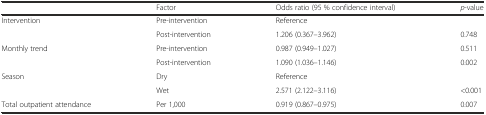
<table><thead><tr><td></td><td><b>Factor</b></td><td><b>Odds ratio (95 % confidence interval)</b></td><td><b><i>p</i>-value</b></td></tr></thead><tbody><tr><td rowspan="2">Intervention</td><td>Pre-intervention</td><td>Reference</td><td></td></tr><tr><td>Post-intervention</td><td>1.206 (0.367–3.962)</td><td>0.748</td></tr><tr><td rowspan="2">Monthly trend</td><td>Pre-intervention</td><td>0.987 (0.949–1.027)</td><td>0.511</td></tr><tr><td>Post-intervention</td><td>1.090 (1.036–1.146)</td><td>0.002</td></tr><tr><td rowspan="2">Season</td><td>Dry</td><td>Reference</td><td></td></tr><tr><td>Wet</td><td>2.571 (2.122–3.116)</td><td>&lt;0.001</td></tr><tr><td>Total outpatient attendance</td><td>Per 1,000</td><td>0.919 (0.867–0.975)</td><td>0.007</td></tr></tbody></table>